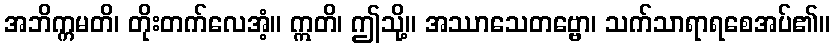
အဘိက္ကမတိ၊ တိုးတက်လေအံ့။ ဣတိ၊ ဤသို့။ အဿာသေတဗ္ဗော၊ သက်သာရာရစေအပ်၏။